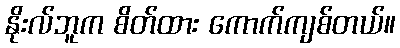
နိုးလ်ဘူက စိတ်ထား ကောက်ကျစ်တယ်။